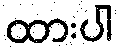
ထားပါ